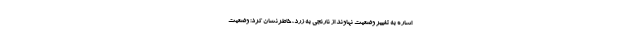
اشاره به تغییر وضعیت نهاوند از نارنجی به زرد، خاطرنشان کرد: وضعیت